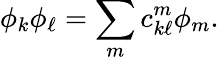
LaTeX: \phi_{k}\phi_{\ell}=\sum_{m}c_{k\ell}^{m}\phi_{m}.